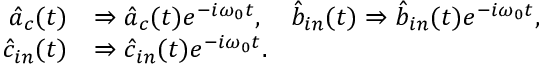
\begin{array} { r l } { \hat { a } _ { c } ( t ) } & { \Rightarrow \hat { a } _ { c } ( t ) e ^ { - i \omega _ { 0 } t } , \quad \hat { b } _ { i n } ( t ) \Rightarrow \hat { b } _ { i n } ( t ) e ^ { - i \omega _ { 0 } t } , } \\ { \hat { c } _ { i n } ( t ) } & { \Rightarrow \hat { c } _ { i n } ( t ) e ^ { - i \omega _ { 0 } t } . } \end{array}